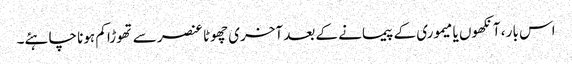
اس بار ، آنکھوں یا میموری کے پیمانے کے بعد آخری چھوٹا عنصر سے تھوڑا کم ہونا چاہئے۔